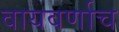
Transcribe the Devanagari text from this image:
वायवर्णाच